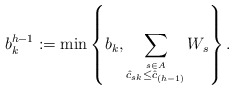
\begin{align*}\displaystyle {b_k^{h-1}}:= \min\left\{b_k, \sum_{ \stackrel{s \in A}{\hat c_{sk}\le \hat c_{(h-1)}}} W_s\right\} .\end{align*}